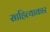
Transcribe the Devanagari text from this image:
साहित्याकार